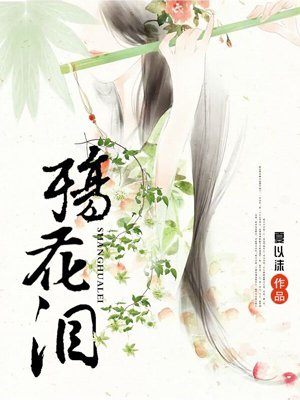
十年花骨东风泪，几点螺香素壁尘。